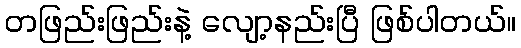
တဖြည်းဖြည်းနဲ့ လျော့နည်းပြီ ဖြစ်ပါတယ်။